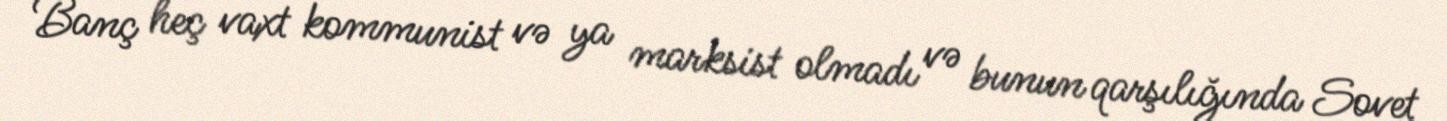
Banç heç vaxt kommunist və ya marksist olmadı və bunun qarşılığında Sovet